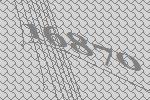
16870